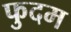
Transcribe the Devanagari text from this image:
फुदम